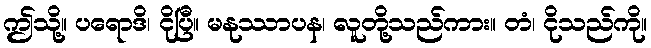
ဤသို့။ ပရောဒိ၊ ငိုပြီ။ မနုဿာပန၊ လူတို့သည်ကား။ တံ၊ ငိုသည်ကို။